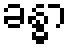
ခန္ဓာ